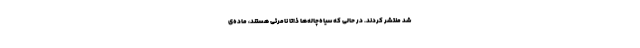
شد منتشر کردند. در حالی که سیاه‌چاله‌ها ذاتا نامرئی هستند، ماده‌ی